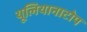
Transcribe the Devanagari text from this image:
यूलियानाटोप